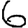
Digit: 6